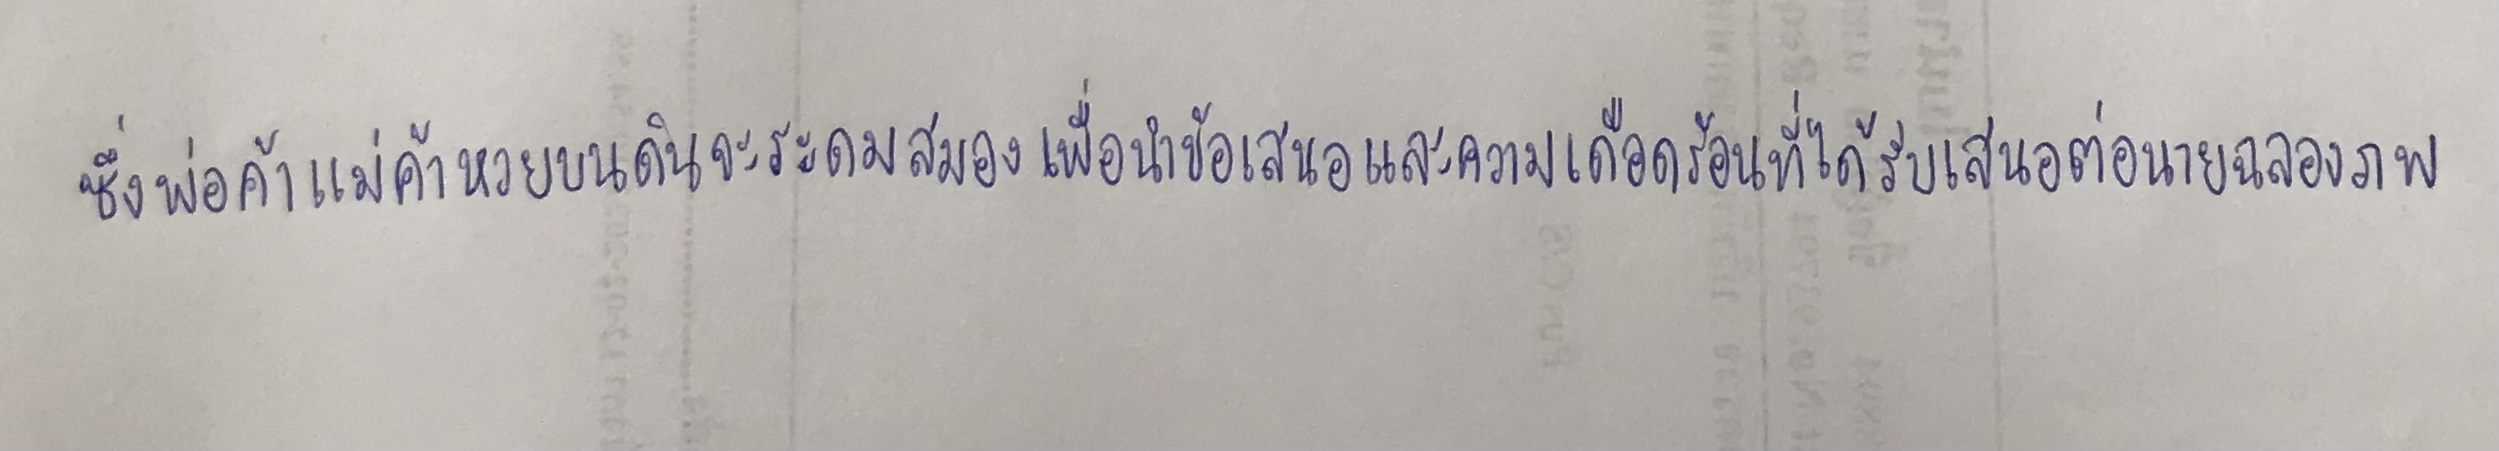
ซึ่งพ่อค้าแม่ค้าหวยบนดินจะระดมสมองเพื่อนำข้อเสนอและความเดือดร้อนที่ได้รับเสนอต่อนายฉลองภพ